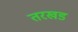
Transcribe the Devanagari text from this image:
तरखड